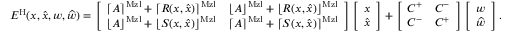
\begin{array} { r } { E ^ { \mathrm { H } } ( x , \widehat { x } , w , \widehat { w } ) = \left[ \begin{array} { l l } { \lceil A \rceil ^ { \mathrm { M z l } } + \lceil R ( x , \widehat { x } ) \rceil ^ { \mathrm { M z l } } } & { \lfloor A \rfloor ^ { \mathrm { M z l } } + \lfloor R ( x , \widehat { x } ) \rfloor ^ { \mathrm { M z l } } } \\ { \lfloor A \rfloor ^ { \mathrm { M z l } } + \lfloor S ( x , \widehat { x } ) \rfloor ^ { \mathrm { M z l } } } & { \lceil A \rceil ^ { \mathrm { M z l } } + \lceil S ( x , \widehat { x } ) \rceil ^ { \mathrm { M z l } } } \end{array} \right] \left[ \begin{array} { l } { x } \\ { \widehat { x } } \end{array} \right] + \left[ \begin{array} { l l } { C ^ { + } } & { C ^ { - } } \\ { C ^ { - } } & { C ^ { + } } \end{array} \right] \left[ \begin{array} { l } { w } \\ { \widehat { w } } \end{array} \right] . } \end{array}